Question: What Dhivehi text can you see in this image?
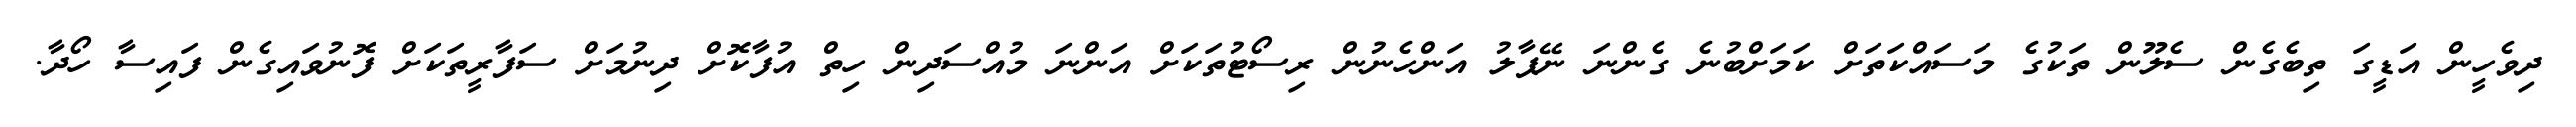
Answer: ދިވެހީން އަޑީގަ ތިބެގެން ސެލޫން ތަކުގެ މަސައްކަތަށް ކަމަށްބުނެ ގެންނަ ނޭޕާލު އަންހެނުން ރިސޯޓުތަކަށް އަންނަ މުއްސަދިން ހިތް އުފާކޮށް ދިނުމަށް ސަފާރީތަކަށް ފޮނުވައިގެން ފައިސާ ހޯދާ.